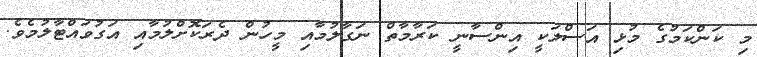
މި ކަންކަމުގެ މުޅި އަސްލަކީ އިންސާނީ ކަރާމާތް ނަގާލުމާއި މީހުން ދެރަކޮށްލުމާއި އަގުވައްޓާލުމެވެ.